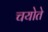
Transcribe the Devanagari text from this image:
चयोते